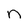
Character: n